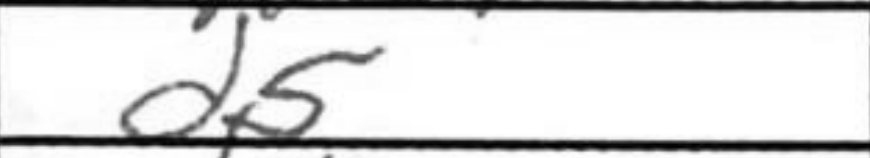
Transcription: d5